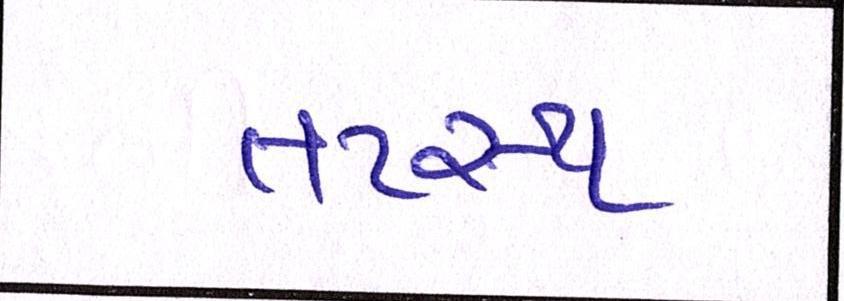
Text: તટસ્થ